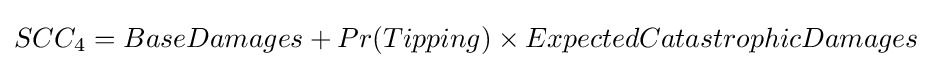
SCC_{4}=BaseDamages+Pr(Tipping)\times ExpectedCatastrophicDamages